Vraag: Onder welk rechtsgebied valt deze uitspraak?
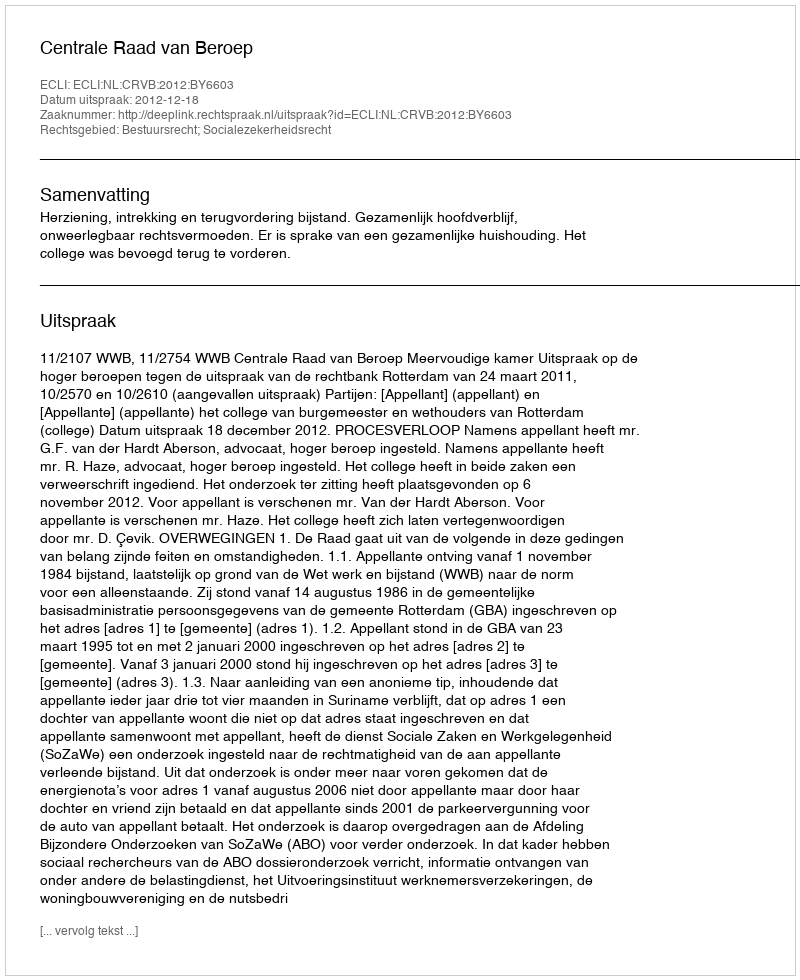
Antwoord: Bestuursrecht; Socialezekerheidsrecht